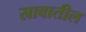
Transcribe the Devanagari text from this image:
स्रावातील